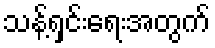
သန့်ရှင်းရေးအတွက်